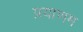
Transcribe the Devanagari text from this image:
प्रयाणम